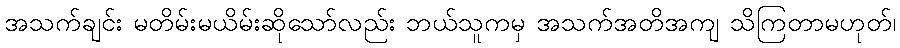
အသက်ချင်း မတိမ်းမယိမ်းဆိုသော်လည်း ဘယ်သူကမှ အသက်အတိအကျ သိကြတာမဟုတ်၊